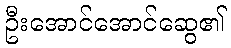
ဦးအောင်အောင်ဆွေ၏